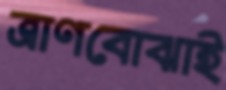
ত্রাণবোঝাই